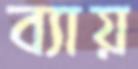
ব্যায়